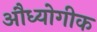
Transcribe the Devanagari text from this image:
औध्योगीक